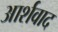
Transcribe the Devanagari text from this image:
आर्शवाद